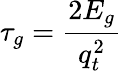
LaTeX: \tau_{g}=\frac{2E_{g}}{q_{t}^{2}}